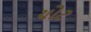
યોટ